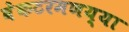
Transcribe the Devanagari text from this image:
वेंकटरमणय्या